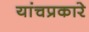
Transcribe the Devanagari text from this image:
यांचप्रकारे